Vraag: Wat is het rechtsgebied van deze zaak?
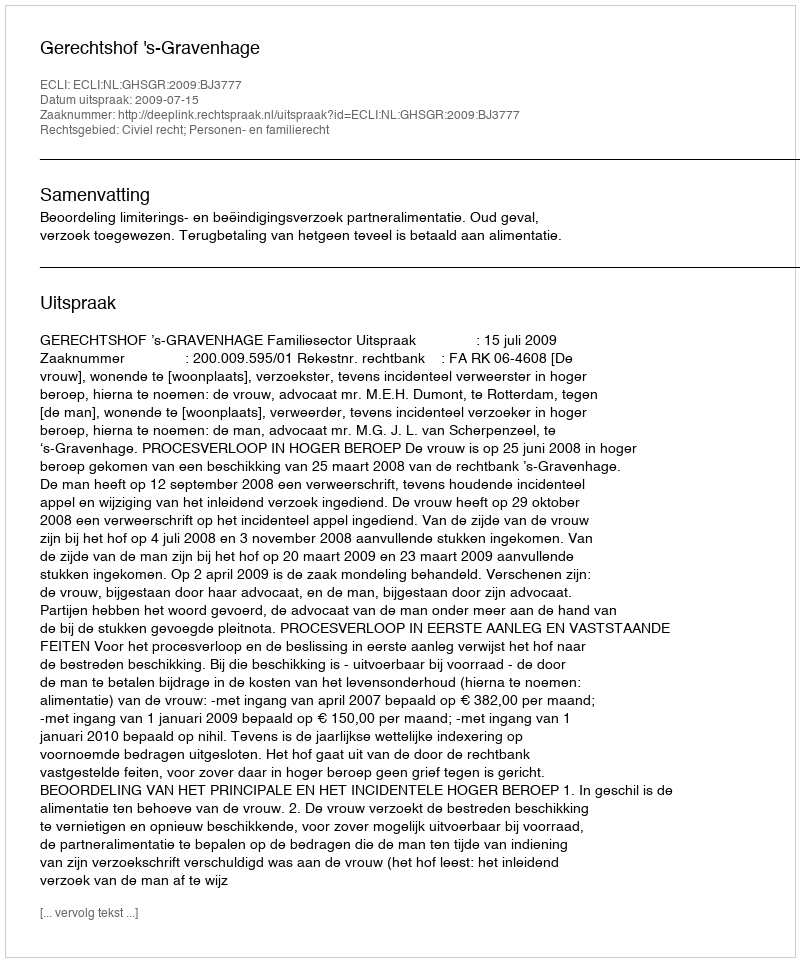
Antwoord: Civiel recht; Personen- en familierecht